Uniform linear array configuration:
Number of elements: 48
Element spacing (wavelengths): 0.5
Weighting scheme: uniform
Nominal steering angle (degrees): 15
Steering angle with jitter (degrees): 16.955
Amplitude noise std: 0.05
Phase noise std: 0.05

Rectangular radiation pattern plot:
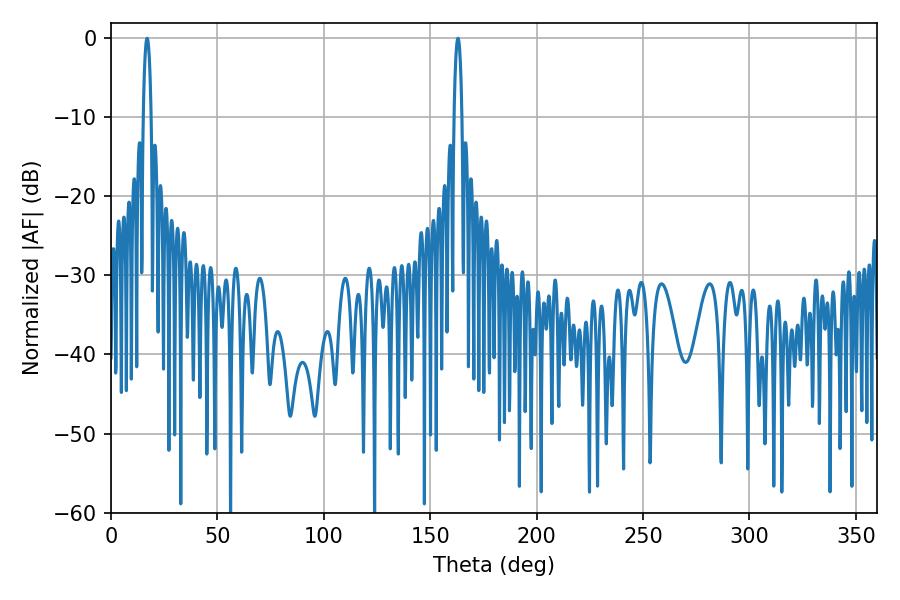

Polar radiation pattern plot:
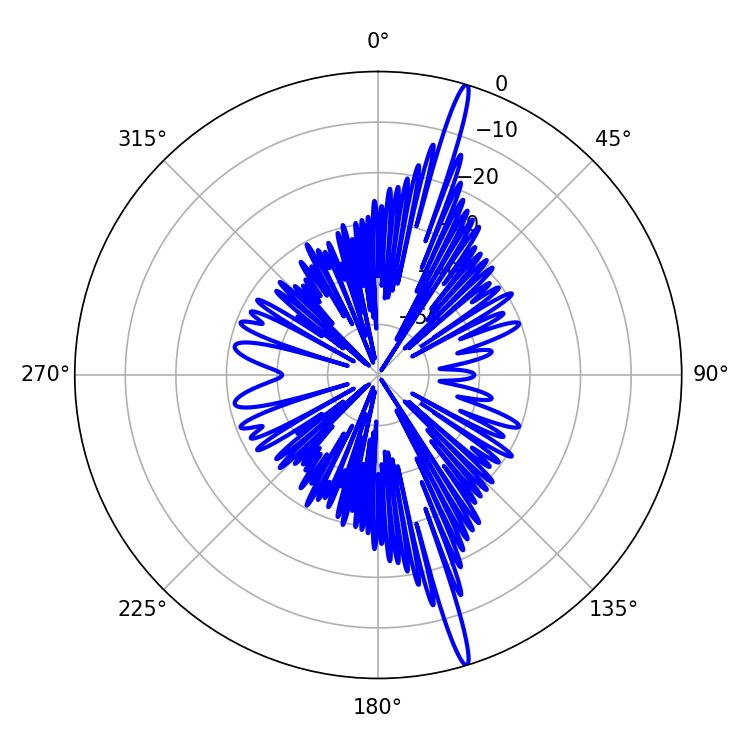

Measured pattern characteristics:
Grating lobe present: FALSE
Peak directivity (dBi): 19.001
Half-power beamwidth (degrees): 1.98
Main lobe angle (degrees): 16.92